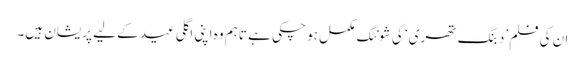
ان کی فلم ’دبنگ تھری‘ کی شونٹگ مکمل ہو چکی ہے تاہم وہ اپنی اگلی عید کے لیے پریشان ہیں۔